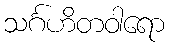
သင်္ဂဟိတဝါရော